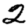
Digit: 2